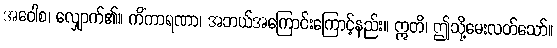
အဝေါစ၊ လျှောက်၏။ ကိံကာရဏာ၊ အဘယ်အကြောင်းကြောင့်နည်း။ ဣတိ၊ ဤသို့မေးလတ်သော်။